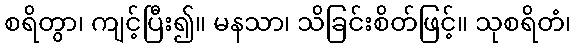
စရိတွာ၊ ကျင့်ပြီး၍။ မနသာ၊ သိခြင်းစိတ်ဖြင့်။ သုစရိတံ၊